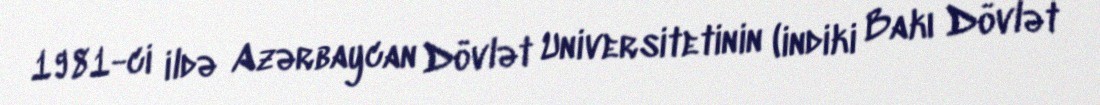
1981-ci ildə Azərbaycan Dövlət Universitetinin (indiki Bakı Dövlət